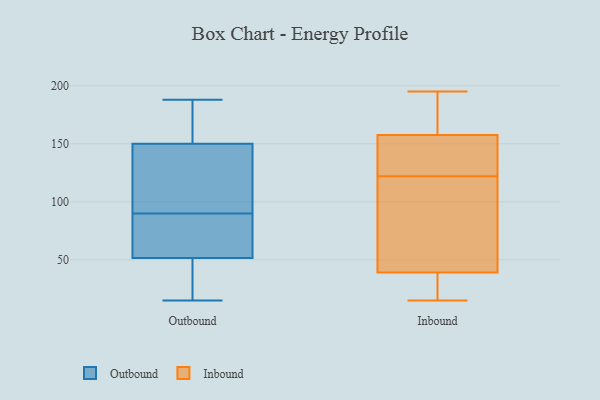
{"axis": {"x": "Customer Acquisition Cost (USD)", "y": "Value"}, "legend": ["Inbound", "Outbound"], "data": [{"x": "", "y": 83, "type": "Outbound"}, {"x": "", "y": 179, "type": "Outbound"}, {"x": "", "y": 77, "type": "Outbound"}, {"x": "", "y": 36, "type": "Outbound"}, {"x": "", "y": 97, "type": "Outbound"}, {"x": "", "y": 158, "type": "Outbound"}, {"x": "", "y": 25, "type": "Outbound"}, {"x": "", "y": 188, "type": "Outbound"}, {"x": "", "y": 67, "type": "Outbound"}, {"x": "", "y": 15, "type": "Outbound"}, {"x": "", "y": 142, "type": "Outbound"}, {"x": "", "y": 106, "type": "Outbound"}, {"x": "", "y": 101, "type": "Inbound"}, {"x": "", "y": 195, "type": "Inbound"}, {"x": "", "y": 162, "type": "Inbound"}, {"x": "", "y": 66, "type": "Inbound"}, {"x": "", "y": 45, "type": "Inbound"}, {"x": "", "y": 164, "type": "Inbound"}, {"x": "", "y": 21, "type": "Inbound"}, {"x": "", "y": 15, "type": "Inbound"}, {"x": "", "y": 137, "type": "Inbound"}, {"x": "", "y": 156, "type": "Inbound"}, {"x": "", "y": 122, "type": "Inbound"}, {"x": "", "y": 139, "type": "Inbound"}, {"x": "", "y": 15, "type": "Inbound"}]}